Civil Veterinary Dept. Bombay admin report 1907-1913 - 1907-1913
Year: 1907
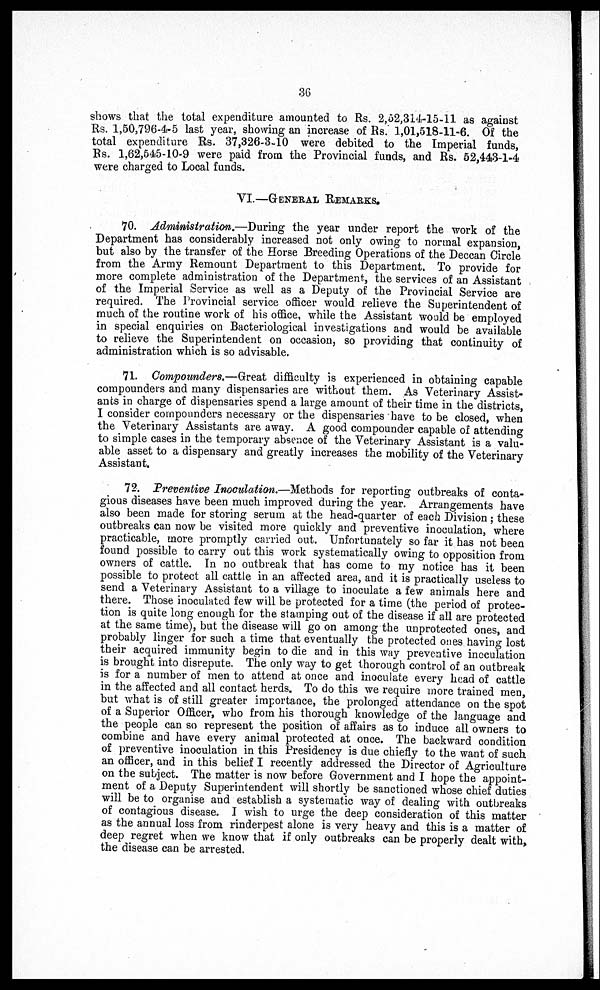
36
shows that the total expenditure amounted to Rs. 2,52,314-15-11 as against
Rs. 1,50,796-4-5 last year, showing an increase of Rs. 1,01,518-11-6. Of the
total expenditure Rs. 37,326-3-10 were debited to the Imperial funds,
Rs. 1,62,545-10-9 were paid from the Provincial funds, and Rs. 52,443-1-4
were charged to Local funds.
VI.—GENERAL REMARKS.
70. Administration,—During the year under report the work of the
Department has considerably increased not only owing to normal expansion,
but also by the transfer of the Horse Breeding Operations of the Deccan Circle
from the Army Remount Department to this Department. To provide for
more complete administration of the Department, the services of an Assistant
of the Imperial Service as well as a Deputy of the Provincial Service are
required. The Provincial service officer would relieve the Superintendent of
much of the routine work of his office, while the Assistant would be employed
in special enquiries on Bacteriological investigations and would be available
to relieve the Superintendent on occasion, so providing that continuity of
administration which is so advisable.
71. Compounders.—Great difficulty is experienced in obtaining capable
compounders and many dispensaries are without them. As Veterinary Assist-
ants in charge of dispensaries spend a large amount of their time in the districts,
I consider compounders necessary or the dispensaries have to be closed, when
the Veterinary Assistants are away. A good compounder capable of attending
to simple cases in the temporary absence of the Veterinary Assistant is a valu-
able asset to a dispensary and greatly increases the mobility of the Veterinary
+Assistant.
72. Preventive Inoculation.—Methods for reporting outbreaks of conta-
gious diseases have been much improved during the year. Arrangements have
also been made for storing serum at the head-quarter of each Division; these
outbreaks can now be visited more quickly and preventive inoculation, where
practicable, more promptly carried out. Unfortunately so far it has not been
found possible to carry out this work systematically owing to opposition from
owners of cattle. In no outbreak that has come to my notice has it been
possible to protect all cattle in an affected area, and it is practically useless to
send a Veterinary Assistant to a village to inoculate a few animals here and
there. Those inoculated few will be protected for a time (the period of protec-
tion is quite long enough for the stamping out of the disease if all are protected
at the same time), but the disease will go on among the unprotected ones, and
probably linger for such a time that eventually the protected ones having lost
their acquired immunity begin to die and in this way preventive inoculation
is brought into disrepute. The only way to get thorough control of an outbreak
is for a number of men to attend at once and inoculate every head of cattle
in the affected and all contact herds. To do this we require more trained men,
but what is of still greater importance, the prolonged attendance on the spot
of a Superior Officer, who from his thorough knowledge of the language and
the people can so represent the position of affairs as to induce all owners to
combine and have every animal protected at once. The backward condition
of preventive inoculation in this Presidency is due chiefly to the want of such
an officer, and in this belief I recently addressed the Director of Agriculture
on the subject. The matter is now before Government and I hope the appoint-
ment of a Deputy Superintendent will shortly be sanctioned whose chief duties
will be to organise and establish a systematic way of dealing with outbreaks
of contagious disease. I wish to urge the deep consideration of this matter
as the annual loss from rinderpest alone is very heavy and this is a matter of
deep regret when we know that if only outbreaks can be properly dealt with,
the disease can be arrested.